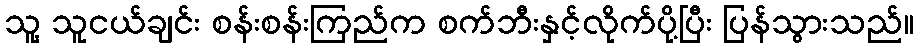
သူ့ သူငယ်ချင်း စန်းစန်းကြည်က စက်ဘီးနှင့်လိုက်ပို့ပြီး ပြန်သွားသည်။